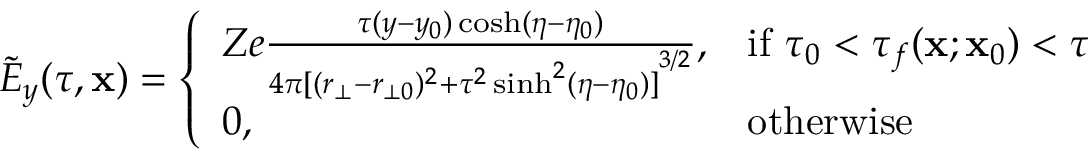
\tilde { E } _ { y } ( \tau , \mathbf { x } ) = \left\{ \begin{array} { l l } { Z e \frac { \tau ( y - y _ { 0 } ) \cosh ( \eta - \eta _ { 0 } ) } { 4 \pi { [ ( r _ { \bot } - r _ { \bot 0 } ) ^ { 2 } + \tau ^ { 2 } \sinh ^ { 2 } ( \eta - \eta _ { 0 } ) ] } ^ { 3 / 2 } } , } & { \mathrm { i f ~ } \tau _ { 0 } < \tau _ { f } ( \mathbf { x } ; \mathbf { x } _ { 0 } ) < \tau } \\ { 0 , } & { \mathrm { o t h e r w i s e } } \end{array} \right.